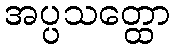
အပ္ပသတ္ထော